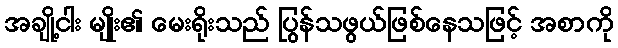
အချို့ငါး မျိုး၏ မေးရိုးသည် ပြွန်သဖွယ်ဖြစ်နေသဖြင့် အစာကို